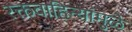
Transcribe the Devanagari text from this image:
रक्तवाहिन्यांमुळे